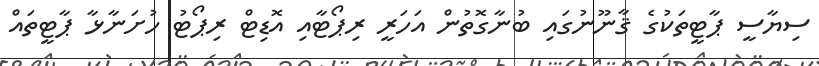
ސިޔާސީ ޕާޓީތަކުގެ ޤާނޫނުގައި ބުނާގޮތުން އަހަރީ ރިޕޯޓާއި އޮޑިޓް ރިޕޯޓު ހުށަނާޅާ ޕާޓީތައް